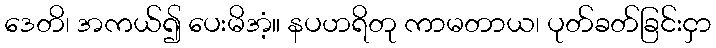
ဒေတိ၊ အကယ်၍ ပေးမိအံ့။ နပဟရိတု ကာမတာယ၊ ပုတ်ခတ်ခြင်းငှာ